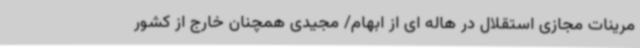
مرینات مجازی استقلال در هاله ای از ابهام/ مجیدی همچنان خارج از کشور